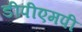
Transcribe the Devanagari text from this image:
डीपीएमपी